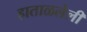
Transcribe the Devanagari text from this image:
हाताळलेली